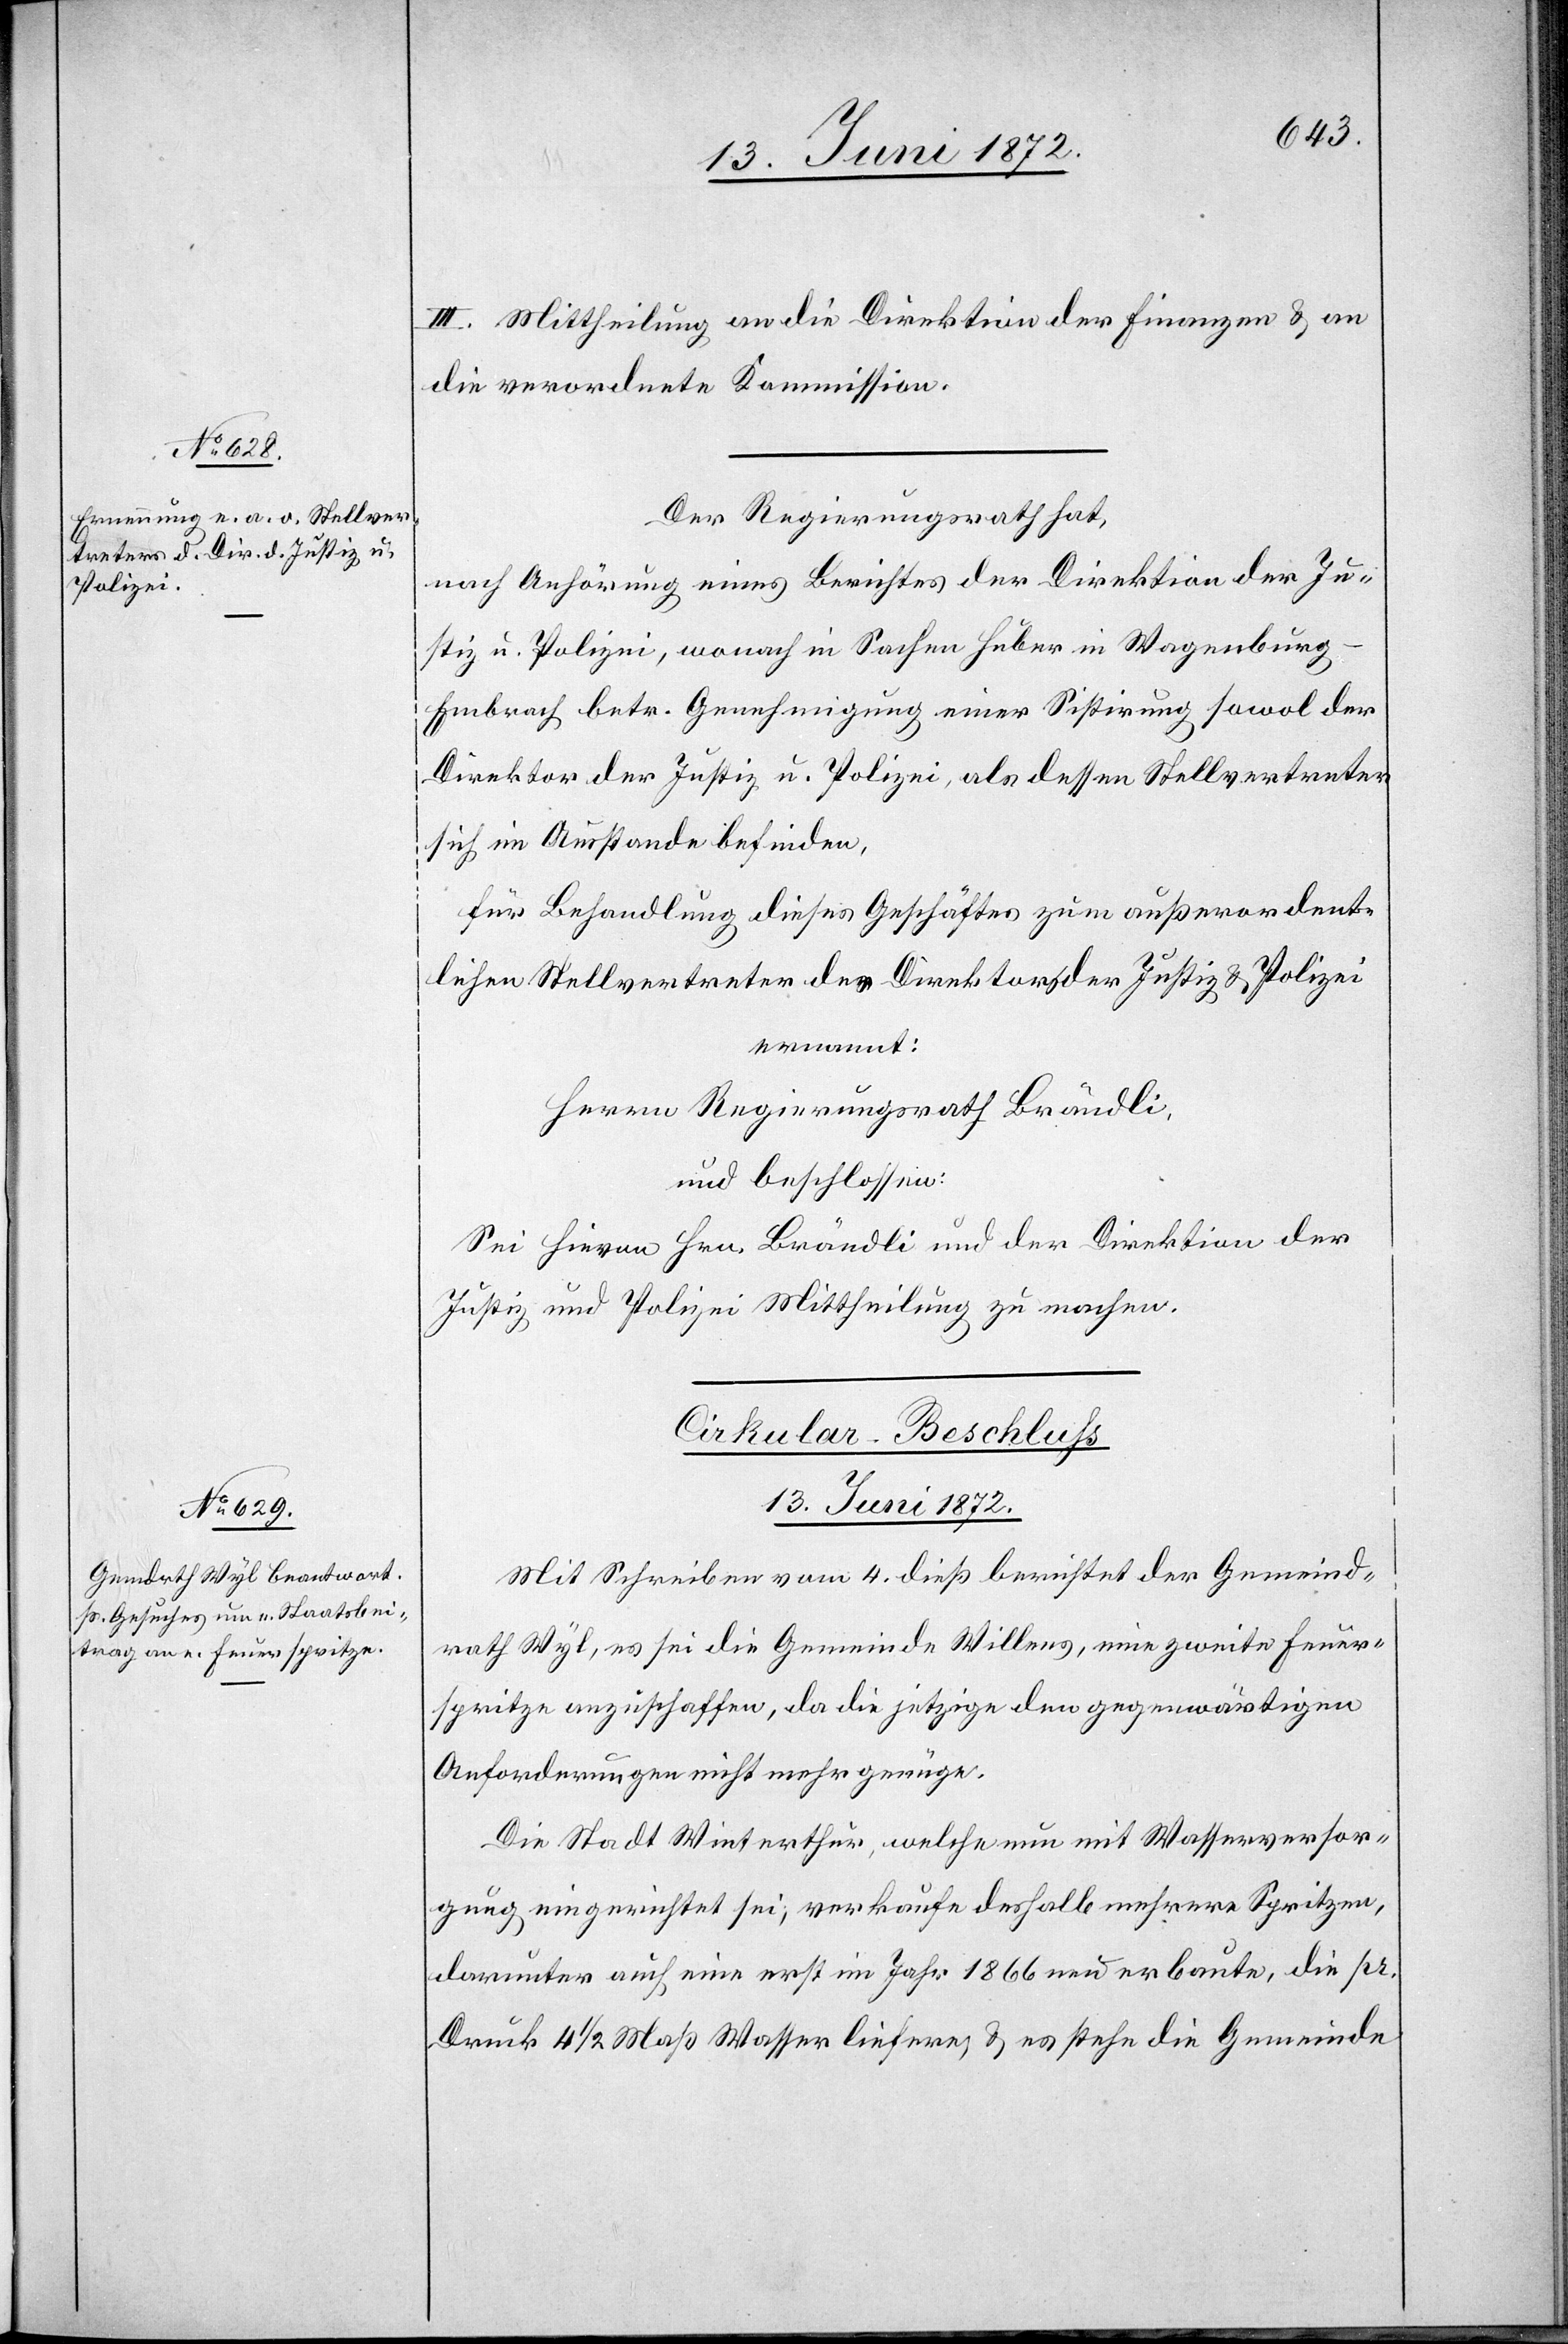
III. Mittheilung an die Direktion der Finanzen u. an
die verordnete Kommission.
Der Regierungsrath hat,
nach Anhörung eines Berichtes der Direktion der Ju¬
stiz u. Polizei, wonach in Sachen Huber in Wagenburg-E¬
mbrach betr. Genehmigung einer Sistirung sowol der
Direktor der Justiz u. Polizei, als dessen Stellvertreter
sich im Ausstande befinden,
für Behandlung dieses Geschäftes zum außerordent¬
lichen Stellvertreter des Direktors der Justiz u. Polizei
ernannt:
Herrn Regierungsrath Brändli,
und beschlossen:
Sei hievon Hrn. Brändli und der Direktion der
Justiz u. Polizei Mittheilung zu machen.
Cirkular-Beschluss
13. Juni 1872.
Mit Schreiben vom 4. dieß berichtet der Gemeind¬
rath Wyl, es sei die Gemeinde Willens, eine zweite Feuer¬
spritze anzuschaffen, da die jetzige den gegenwärtigen
Anforderungen nicht mehr genüge.
Die Stadt Winterthur, welche nun mit Wasserversor¬
gung eingerichtet sei, verkaufe deshalb mehrere Spritzen,
darunter auch eine erst im Jahr 1866 neu erbaute, die pr.
Druck 4 1/2 Maß Wasser liefere u. es stehe die Gemeinde